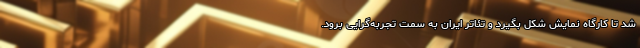
شد تا کارگاه نمایش شکل بگیرد و تئاتر ایران به سمت تجربه‌گرایی برود.